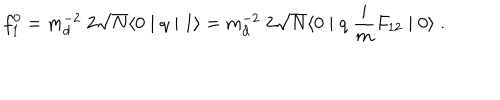
LaTeX: f _ { 1 } ^ { 0 } = m _ { d } ^ { - 2 } \; 2 \sqrt { N } \langle 0 \mid q \mid 1 \rangle = m _ { d } ^ { - 2 } \; 2 \sqrt { N } \langle 0 \mid q \; \frac { i } { m } F _ { 1 2 } \mid 0 \rangle \; .